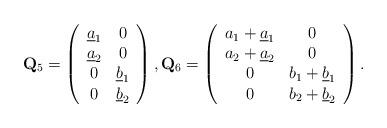
LaTeX: \begin{align*}\mathbf{Q}_5=\left(\begin{array}{cc}\underline{a}_1 & 0\\\underline{a}_2 & 0\\0 & \underline{b}_1\\0 & \underline{b}_2\end{array}\right),\mathbf{Q}_6=\left(\begin{array}{cc}a_1 +\underline{a}_1& 0\\a_2 + \underline{a}_2&0\\0 & b_1+\underline{b}_1\\0 & b_2+\underline{b}_2\end{array}\right).\end{align*}